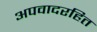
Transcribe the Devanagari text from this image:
अपवादरहित